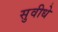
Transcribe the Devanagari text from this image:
सुवीधे